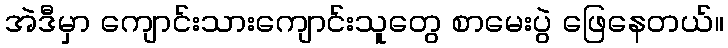
အဲဒီမှာ ကျောင်းသားကျောင်းသူတွေ စာမေးပွဲ ဖြေနေတယ်။